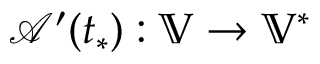
\mathcal { A } ^ { \prime } ( t _ { * } ) : \mathbb { V } \to \mathbb { V } ^ { * }